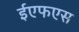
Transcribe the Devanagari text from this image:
ईएफएस